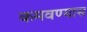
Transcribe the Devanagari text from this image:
कमवण्यास